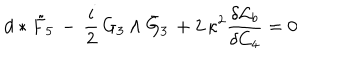
d * \tilde { F } _ { 5 } \, - \, \frac { i } { 2 } \, G _ { 3 } \wedge \bar { G } _ { 3 } \, + 2 \, \kappa ^ { 2 } \frac { \delta { \cal L } _ { b } } { \delta C _ { 4 } } = 0